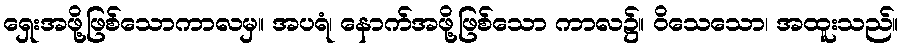
ရှေးအဖို့ဖြစ်သောကာလမှ။ အပရံ၊ နောက်အဖို့ဖြစ်သော ကာလ၌။ ဝိသေသော၊ အထူးသည်။